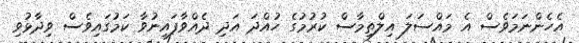
އެހެންނަމަވެސް އެ މައްސަލަ އިލްތިމާސް ކުރުމުގެ ހުއްދަ އަދި ދެއްވާފައިނުވާ ކަމުގައިވެސް ވިދާޅުވި